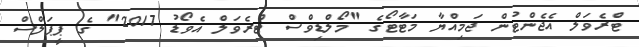
ޓްރެވަލް އެޖެންޓުން ޖަމިއްޔާ މަޓާޓޯގެ "މޯލްޑިވްސް ޓްރެވަލް އެވޯޑު 2017" ގެ ޕީޕަލްސް